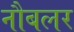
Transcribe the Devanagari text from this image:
नौबलर